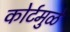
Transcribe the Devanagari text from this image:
कोर्टमुळे